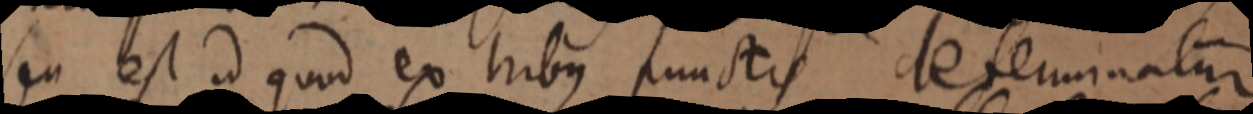
seu est id quod ex tribus punctis determinatur